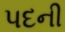
પદની